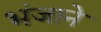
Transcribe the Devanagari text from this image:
भंजाने